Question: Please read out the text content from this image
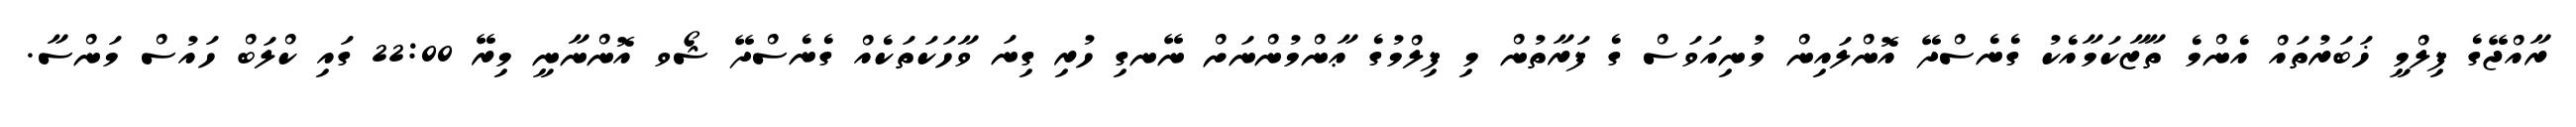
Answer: ރާއްޖޭގެ ފިލްމީ ޚަބަރުތައް އެންމެ ތާޒާކަމާއެކު ގެނެސްދޭ އޮންލައިން މުނިއަވަސް ގެ ފަރާތުން މި ފިލްމުގެ ޢާންމުންނަށް ނޭނގި ހުރި ގިނަ ވާހަކަތަކެއް ގެނެސްދޭ ޝޯވ އޮންނާނީ މިރޭ 22:00 ގައި ކްލަބް ހައުސް މަންސާ.